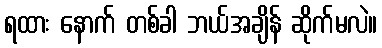
ရထား နောက် တစ်ခါ ဘယ်အချိန် ဆိုက်မလဲ။